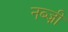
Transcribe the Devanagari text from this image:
नब्ज़ी